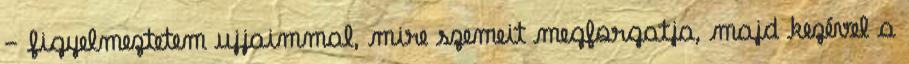
- figyelmeztetem ujjaimmal, mire szemeit megforgatja, majd kezével a